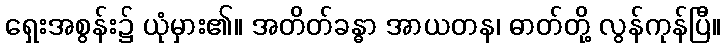
ရှေးအစွန်း၌ ယုံမှား၏။ အတိတ်ခန္ဓာ အာယတန၊ ဓာတ်တို့ လွန်ကုန်ပြီ။